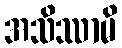
အသိဿာမိ